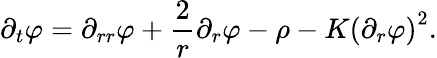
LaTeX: \partial_{t}\varphi=\partial_{rr}\varphi+\frac{2}{r}\partial_{r}\varphi-\rho-K\left(\partial_{r}\varphi\right)^{2}.